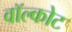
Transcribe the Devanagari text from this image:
वॉल्कोट